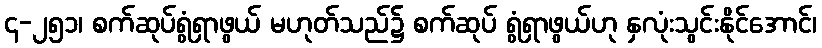
၄-၂၅၁၊ စက်ဆုပ်ရွံရှာဖွယ် မဟုတ်သည်၌ စက်ဆုပ် ရွံရှာဖွယ်ဟု နှလုံးသွင်းနိုင်အောင်၊